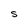
Character: s